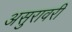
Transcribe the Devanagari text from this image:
असुरावरी